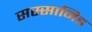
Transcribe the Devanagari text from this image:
सस्सानिड